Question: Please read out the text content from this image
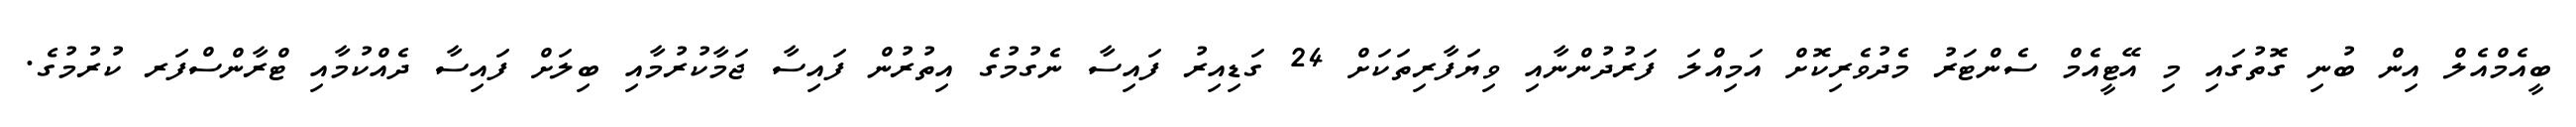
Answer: ބީއެމްއެލް އިން ބުނި ގޮތުގައި މި އޭޓީއެމް ސެންޓަރު މެދުވެރިކޮށް އަމިއްލަ ފަރުދުންނާއި ވިޔަފާރިތަކަށް 24 ގަޑިއިރު ފައިސާ ނެގުމުގެ އިތުރުން ފައިސާ ޖަމާކުރުމާއި ބިލަށް ފައިސާ ދެއްކުމާއި ޓްރާންސްފަރ ކުރުމުގެ.